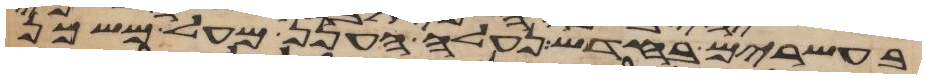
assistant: בעשרים בחדש נעלה הענן מעל משכן